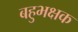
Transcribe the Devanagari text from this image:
बहुभक्षक